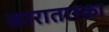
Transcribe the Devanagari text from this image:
कारातास्का